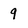
Character: 9